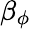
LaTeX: \beta_{\phi}